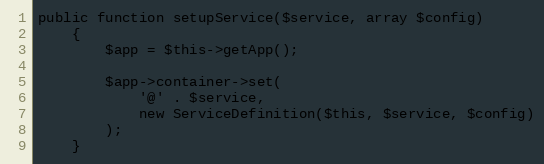
Language: PHP
public function setupService($service, array $config)
    {
        $app = $this->getApp();

        $app->container->set(
            '@' . $service,
            new ServiceDefinition($this, $service, $config)
        );
    }